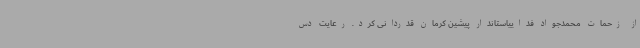
از زحمات محمدجواد فداییاستاندار پیشین کرمان قدردانی کرد. رعایت دس